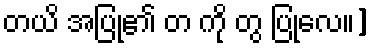
တယိ အပြု၏ တ ကို တွ ပြုလေ။]